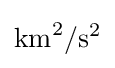
{\text{km}}^{2}/{\text{s}}^{2}